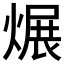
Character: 𱫻